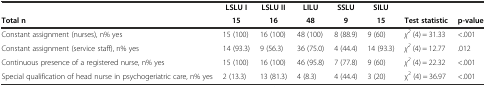
<table><thead><tr><td></td><td><b>LSLU I</b></td><td><b>LSLU II</b></td><td><b>LILU</b></td><td><b>SSLU</b></td><td><b>SILU</b></td><td></td><td></td></tr><tr><td><b>Total n</b></td><td><b>15</b></td><td><b>16</b></td><td><b>48</b></td><td><b>9</b></td><td><b>15</b></td><td><b>Test statistic</b></td><td><b>p-value</b></td></tr></thead><tbody><tr><td>Constant assignment (nurses), n% yes</td><td>15 (100)</td><td>16 (100)</td><td>48 (100)</td><td>8 (88.9)</td><td>9 (60)</td><td><i>χ</i><sup><i>2</i></sup> (4) = 31.33</td><td>&lt;.001</td></tr><tr><td>Constant assignment (service staff), n% yes</td><td>14 (93.3)</td><td>9 (56.3)</td><td>36 (75.0)</td><td>4 (44.4)</td><td>14 (93.3)</td><td><i>χ</i><sup><i>2</i></sup> (4) = 12.77</td><td>.012</td></tr><tr><td>Continuous presence of a registered nurse, n% yes</td><td>15 (100)</td><td>16 (100)</td><td>46 (95.8)</td><td>7 (77.8)</td><td>9 (60)</td><td><i>χ</i><sup><i>2</i></sup> (4) = 22.32</td><td>&lt;.001</td></tr><tr><td>Special qualification of head nurse in psychogeriatric care, n% yes</td><td>2 (13.3)</td><td>13 (81.3)</td><td>4 (8.3)</td><td>4 (44.4)</td><td>3 (20)</td><td>χ<sup>2</sup> (4) = 36.97</td><td>&lt;.001</td></tr></tbody></table>